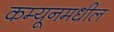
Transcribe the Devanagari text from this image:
कम्यूनमधील